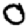
Digit: 0